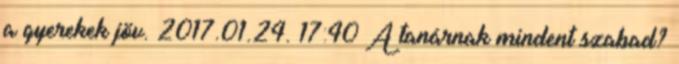
a gyerekek jöv. 2017.01.24. 17:40 A tanárnak mindent szabad?